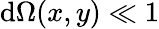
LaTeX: \mathrm{d}\Omega(x,y)\ll 1